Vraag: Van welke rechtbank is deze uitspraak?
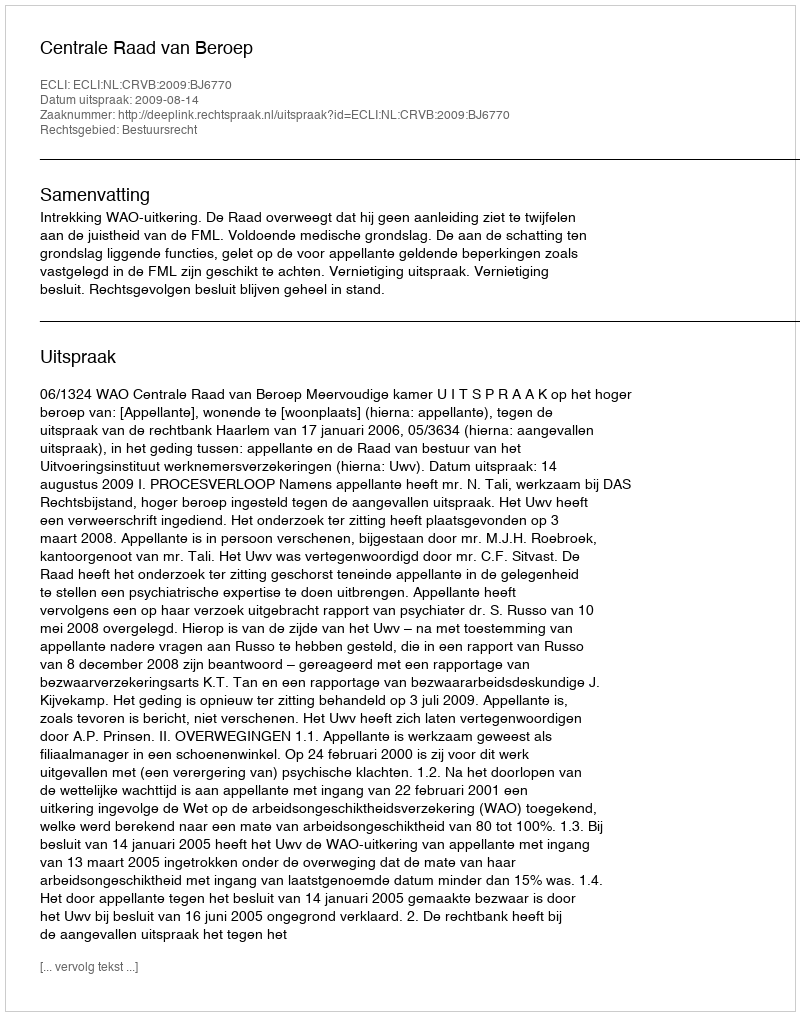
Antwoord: Centrale Raad van Beroep